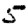
Digit: 5